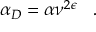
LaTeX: \alpha _ { D } = \alpha \nu ^ { 2 \epsilon } \; \; \; .